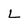
Character: L